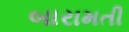
બારામતી